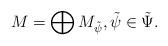
LaTeX: \begin{align*} M = \bigoplus M_{\tilde{\psi}}, \tilde{\psi} \in \tilde{\Psi}.\end{align*}